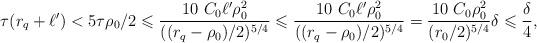
LaTeX: \begin{align*}\tau (r_q+\ell') < 5\tau\rho_0/2\leqslant \frac{10~C_0\ell'\rho_0^2}{((r_q-\rho_0)/2)^{5/4}}\leqslant \frac{10~ C_0\ell' \rho_0^2}{((r_q-\rho_0)/2)^{5/4}}=\frac{10~C_0 \rho_0^2}{(r_0/2)^{5/4}}\delta\leqslant \frac{\delta}{4}, \end{align*}